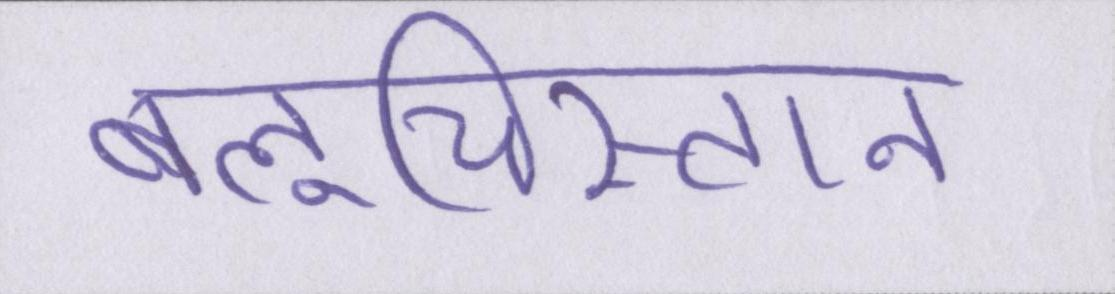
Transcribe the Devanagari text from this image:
बलूचिस्तान